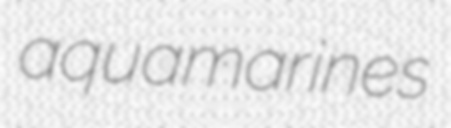
aquamarines